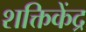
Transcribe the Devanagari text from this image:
शक्तिकेंद्र